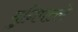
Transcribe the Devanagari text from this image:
मुनिपल्ले